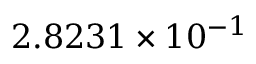
2 . 8 2 3 1 \times 1 0 ^ { - 1 }